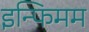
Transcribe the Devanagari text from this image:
इन्फिमम